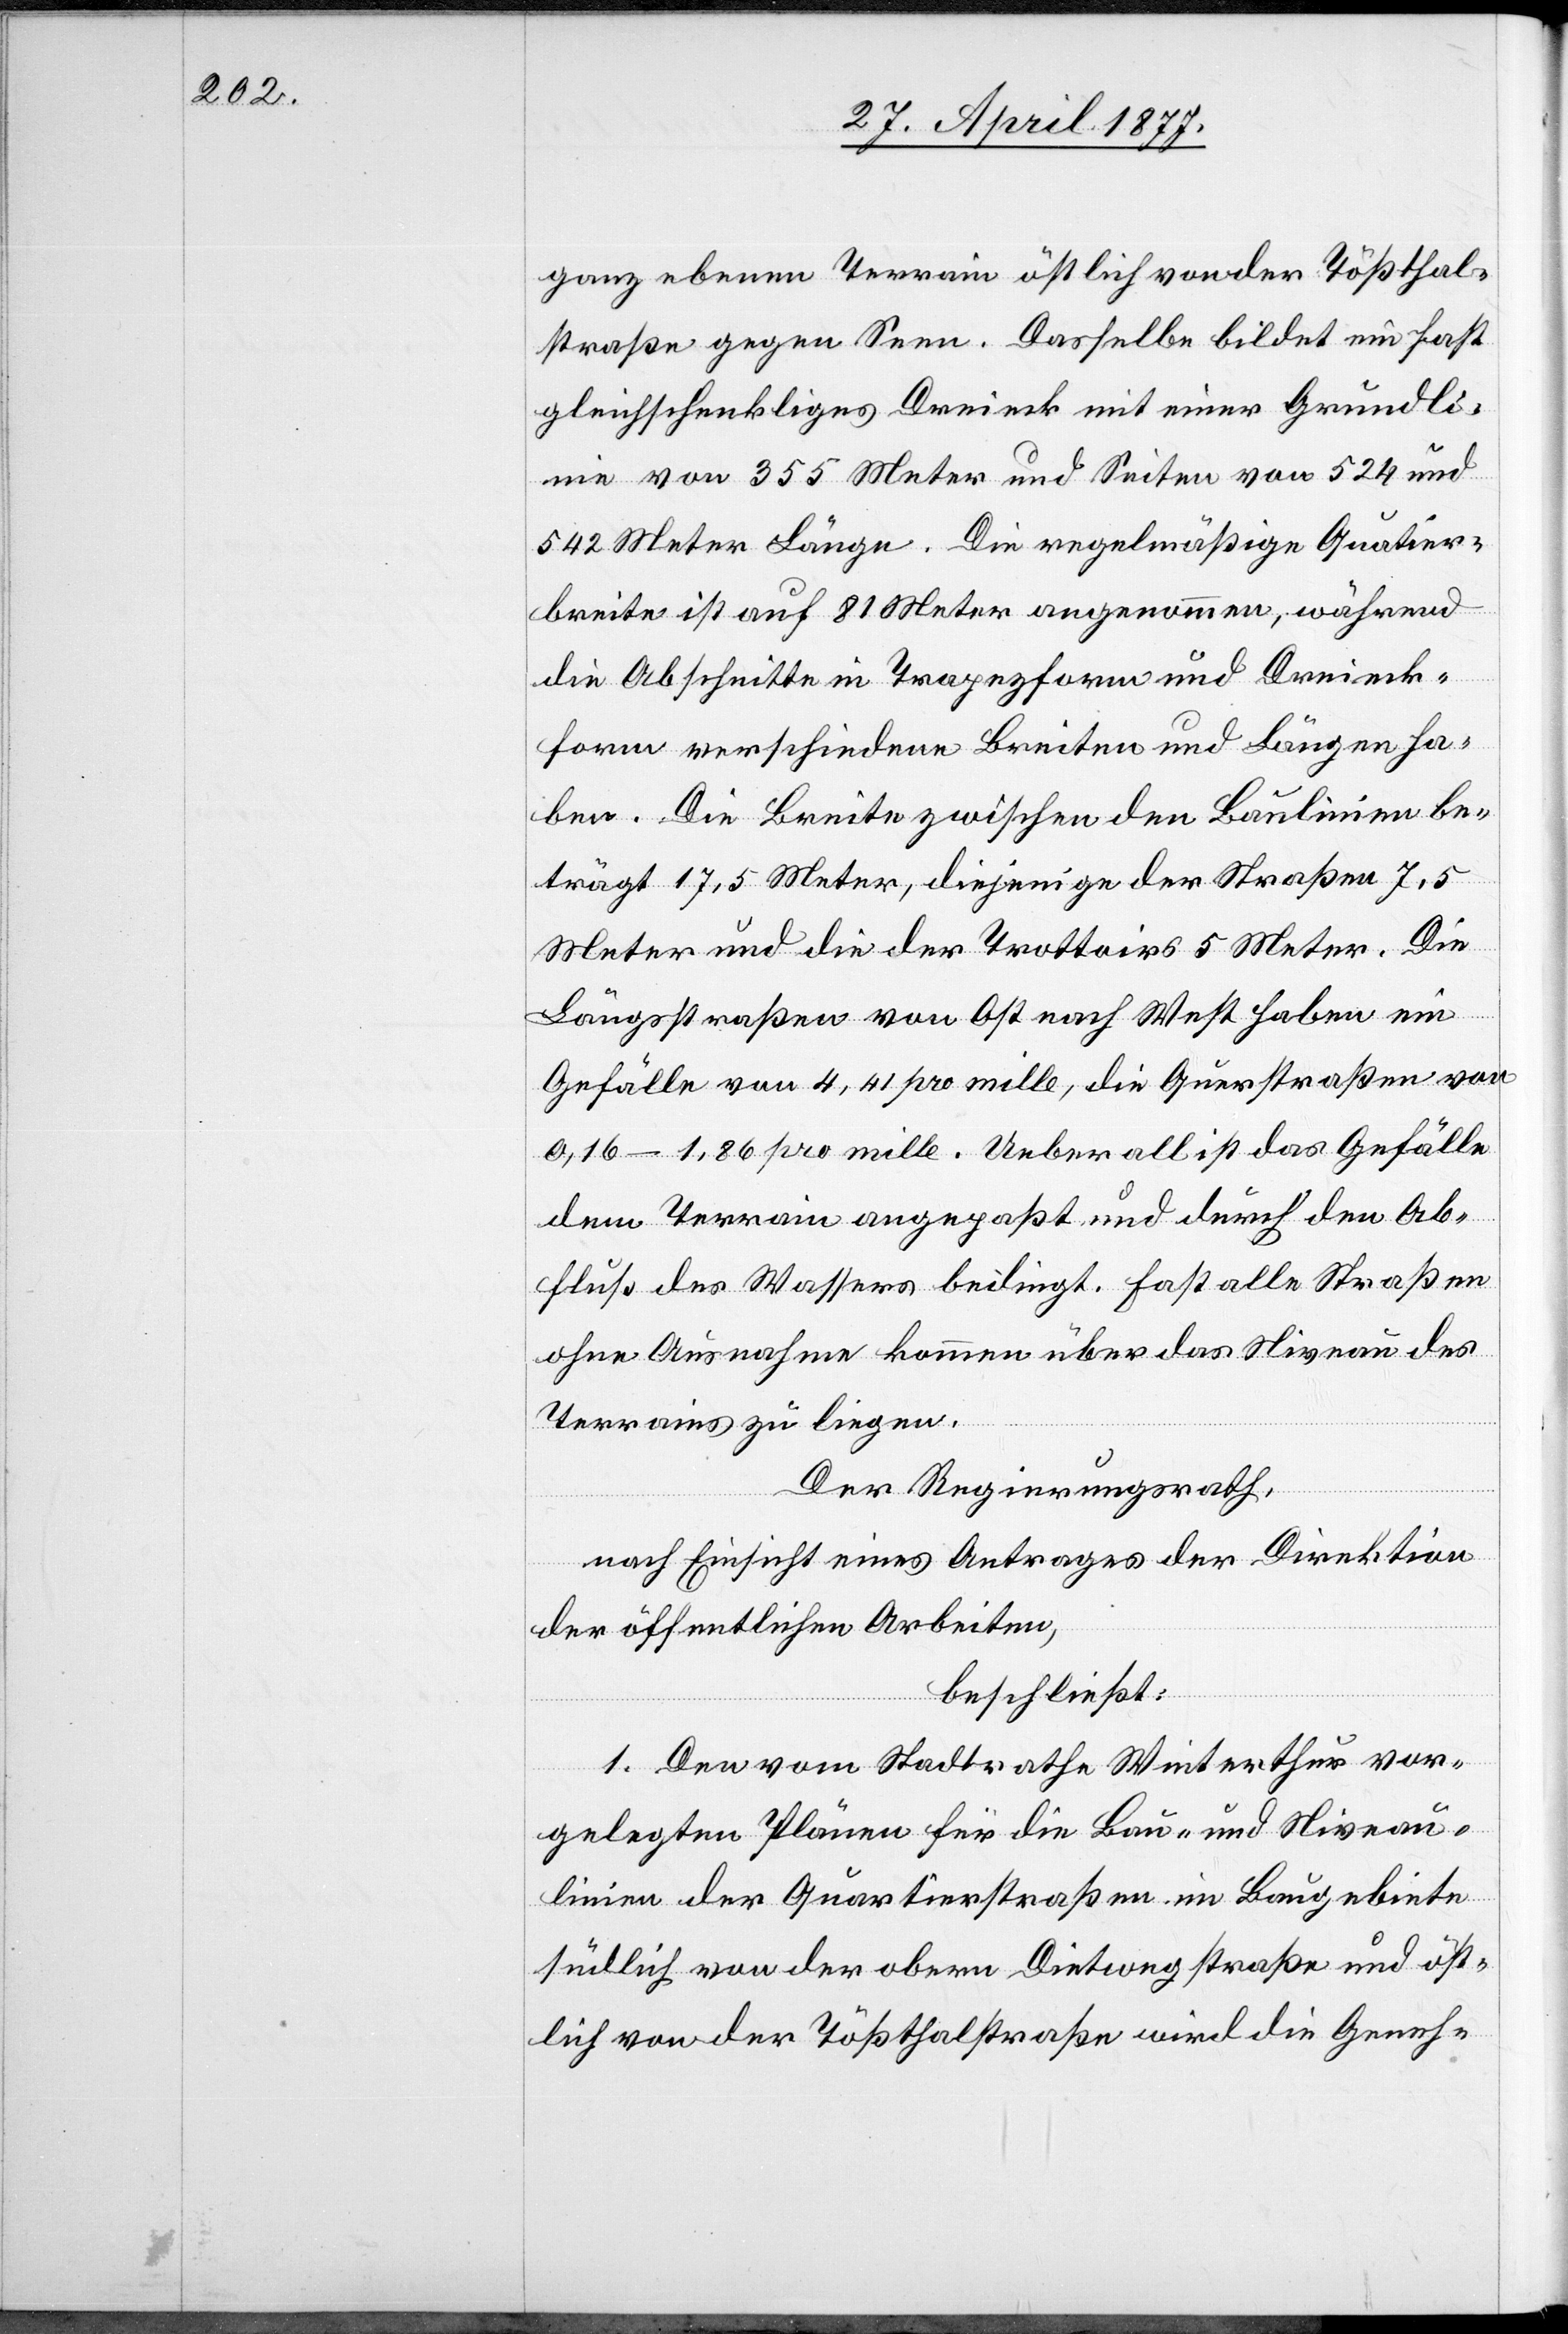
ganz ebenen Terrain östlich von der Tößthal¬
straße gegen Seen. Dasselbe bildet ein fast
gleichschenkliges Dreieck mit einer Grundli¬
nie von 355 Meter und Seiten von 524 und
542 Meter Länge. Die regelmäßige Qua[r]tier¬
breite ist auf 81 Meter angenommen, während
die Abschnitte in Trapezform und Dreieck¬
form verschiedene Breiten und Längen ha¬
ben. Die Breite zwischen den Baulinien be¬
trägt 17,5 Meter, diejenige der Straßen 7,5
Meter und die der Trottoirs 5 Meter. Die
Längsstraßen von Ost nach West haben ein
Gefälle von 4,41 pro mille, die Querstraßen von
0,16–1,86 pro mille. Ueberall ist das Gefälle
dem Terrain angepaßt und durch den Ab¬
fluß des Wassers bedingt. Fast alle Straßen
ohne Ausnahme [sic!] kommen über das Niveau des
Terrains zu liegen.
Der Regierungsrath,
nach Einsicht eines Antrages der Direktion
der öffentlichen Arbeiten,
beschließt:
1. Den vom Stadtrath Winterthur vor¬
gelegten Plänen für die Bau- und Niveau¬
linien der Quartierstraßen im Baugebiete
südlich von der obern Dietwegstraße und öst¬
lich von der Tößthalstraße wird die Geneh-